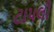
ટાપલી